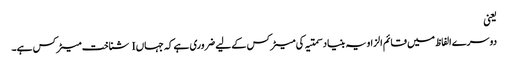
یعنی
دوسرے الفاظ میں قائم الزاویہ بنیاد سمتیہ کی میٹرکس کے لیے ضروری ہے کہ جہاں I شناخت میٹرکس ہے۔